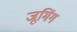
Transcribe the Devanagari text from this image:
जूमिंग